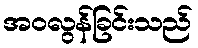
အဝလွန်ခြင်းသည်